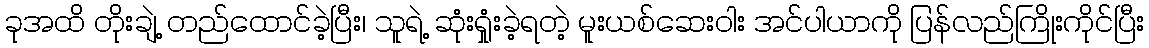
ခုအထိ တိုးချဲ့ တည်ထောင်ခဲ့ပြီး၊ သူရဲ့ ဆုံးရှုံးခဲ့ရတဲ့ မူးယစ်ဆေးဝါး အင်ပါယာကို ပြန်လည်ကြိုးကိုင်ပြီး